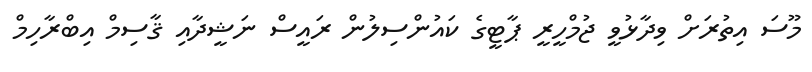
މޫސަ އިތުރަށް ވިދާޅުވީ ޖުމްހީރީ ޕާޓީގެ ކައުންސިލުން ރައީސް ނަޝީދާއި ޤާސިމް އިބްރާހިމް